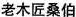
老木匠桑伯